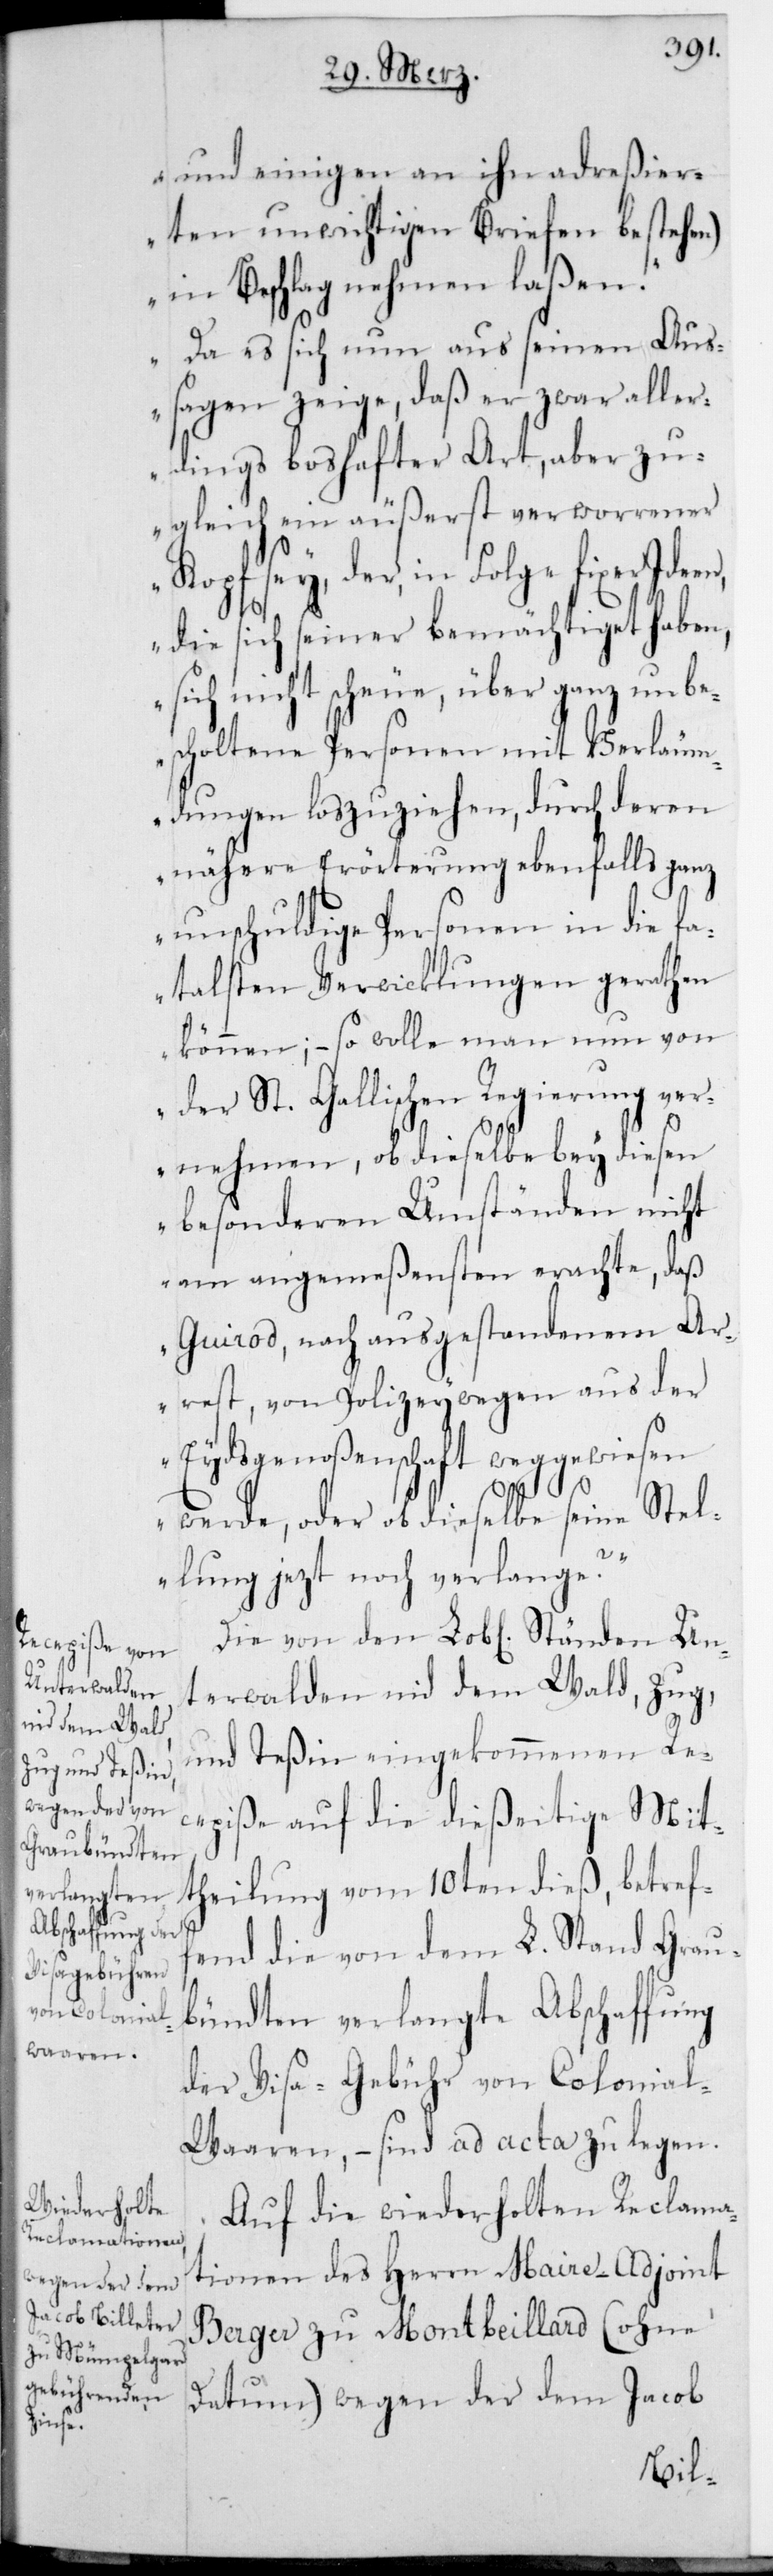
und einigen an in adreßier¬
ten unwichtigen Briefen bestehen),
in Beschlag nehmen laßen.
Da es sich nun aus seinen Auß¬
agen zeige, daß er zwar aller¬
dings boshafter Art, aber zu¬
gleich ein äußerst verworrener
Kopf sey, der in Folge fixer Ideen,
die sich seiner bemächtiget haben,
sich nicht scheue, über ganz unbes¬
choltene Personen mit Verleum¬
dungen loszuziehen, durch deren
nähere Erörterung ebenfalls ganz
unschuldige Personen in die fa¬
talsten Verwicklungen gerathen
können; – so wolle man nun von
der St. Gallischen Regierung ver¬
nehmen, ob dieselbe bey diesen
besonderen Umständen nicht
am angenehmsten erachte, daß
Guirod nach ausgestandenem Ar¬
rest, von Polizey wegen aus der
Eydsgenoßenschaft weggewiesen
werde, oder ob dieselbe seine Stel¬
lung jetzt noch verlange?“
Die von den L. Ständen Un¬
terwalden nid dem Wald, Zug
und Teßin eingekommenen Re¬
cepiße auf die dießeitige Mit¬
theilung vom 10ten dieß, betref¬
fend die von dem L. Stand Grau¬
bündten verlangte Abschaffung
der Visa-Gebühr von Colonial-W¬
aaren, – sind ad acta zu legen.
Auf die wiederholten Reclama¬
tionen des Herrn Maire-Adjoint
Berger zu Montbeyllard (ohne
Datum) wegen der dem Jacob